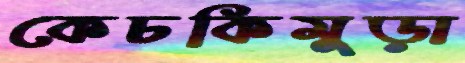
কেচকিমুড়া